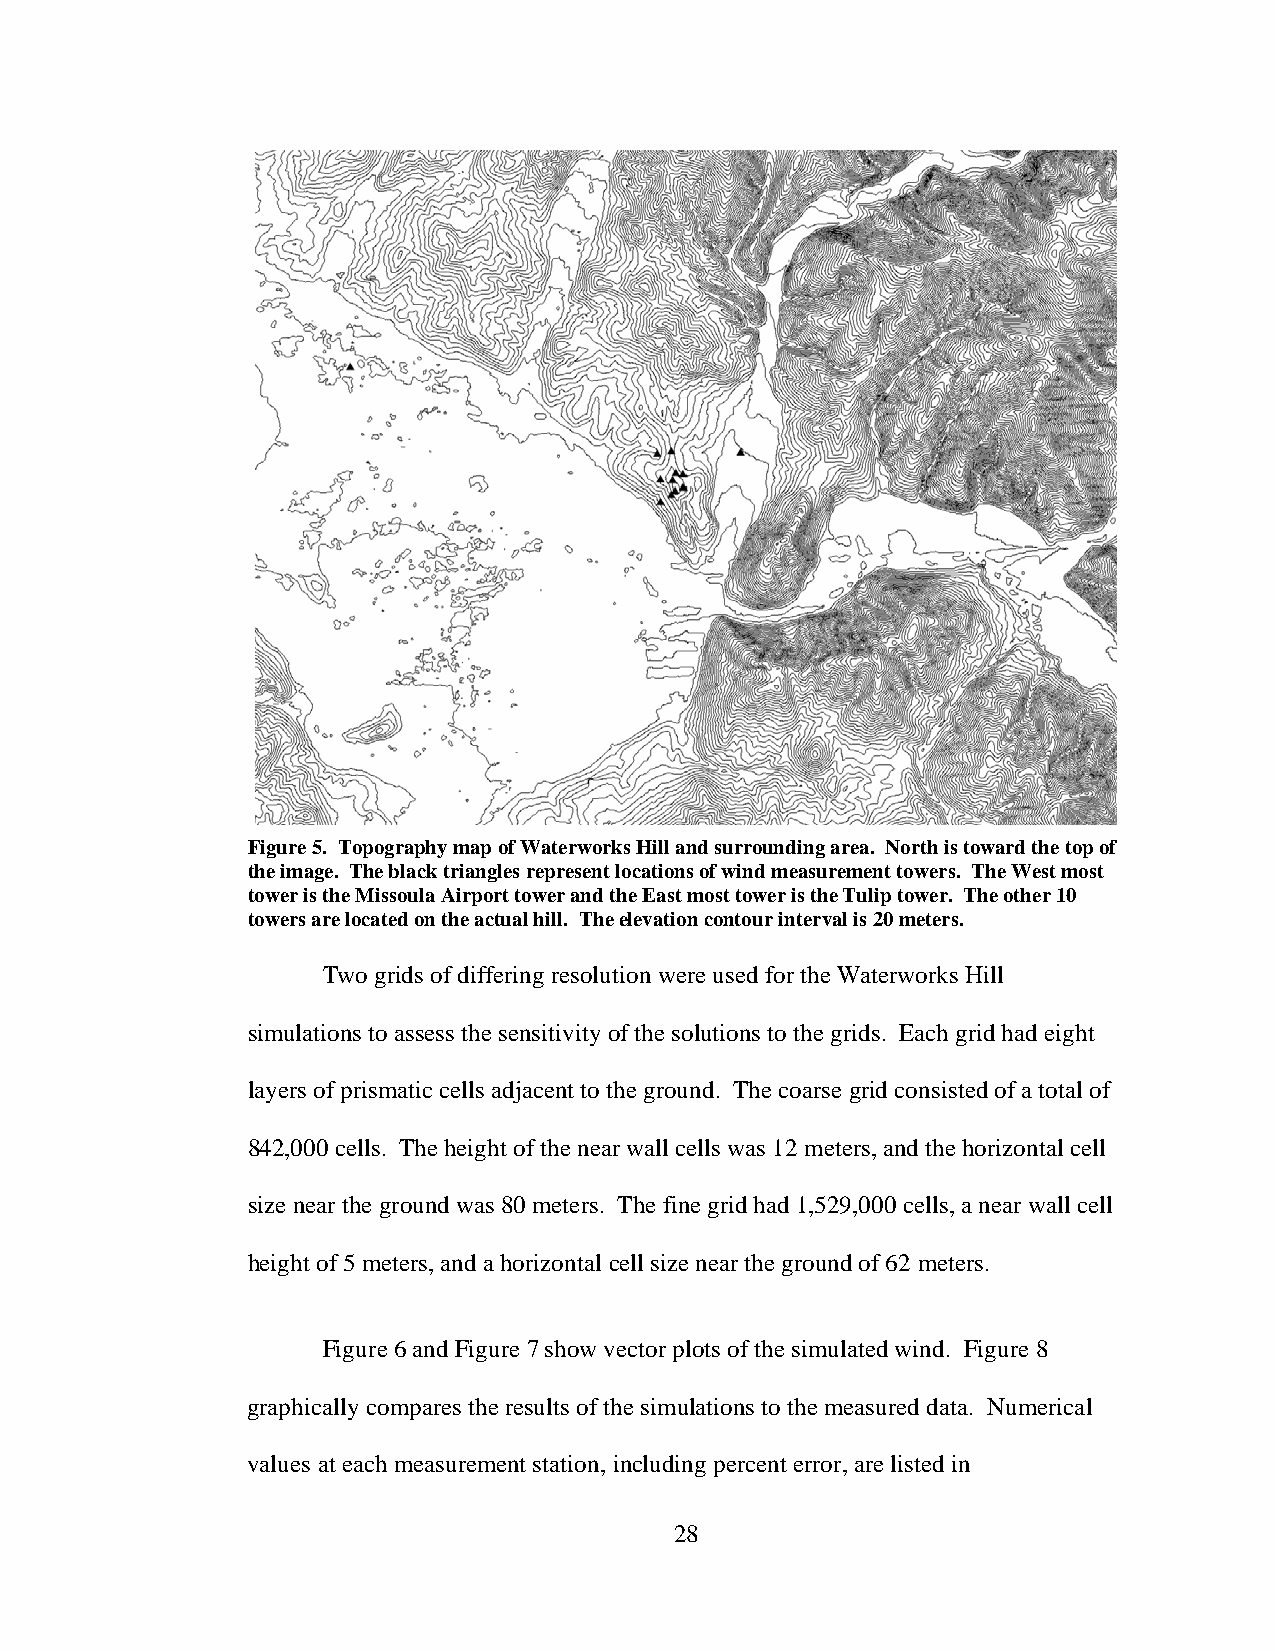
Figure 5. Topography map of Waterworks Hill and surrounding area. North is toward the top of
 the image. The black triangles represent locations of wind measurement towers. The West most
 tower is the Missoula Airport tower and the East most tower is the Tulip tower. The other 10
 towers are located on the actual hill. The elevation contour interval is 20 meters.
 Two grids of differing resolution were used for the Waterworks Hill
 simulations to assess the sensitivity of the solutions to the grids. Each grid had eight
 layers of prismatic cells adjacent to the ground. The coarse grid consisted of a total of
 842,000 cells. The height of the near wall cells was 12 meters, and the horizontal cell
 size near the ground was 80 meters. The fine grid had 1,529,000 cells, a near wall cell
 height of 5 meters, and a horizontal cell size near the ground of 62 meters.
 Figure 6 and Figure 7 show vector plots of the simulated wind. Figure 8
 graphically compares the results of the simulations to the measured data. Numerical
 values at each measurement station, including percent error, are listed in
 28